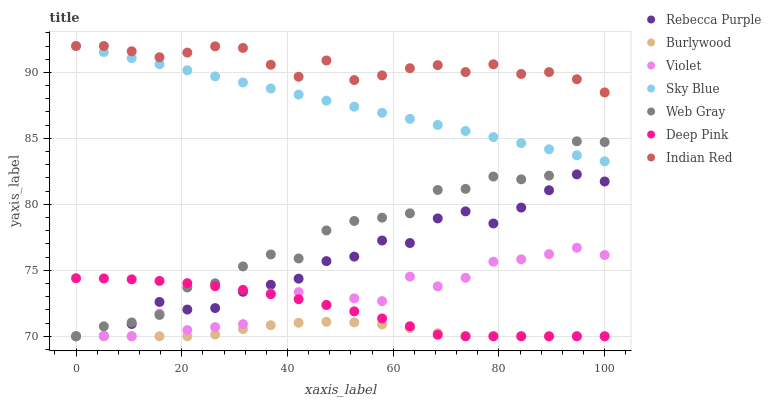
| xaxis_label | Rebecca Purple | Burlywood | Violet | Sky Blue | Web Gray | Deep Pink | Indian Red |
 | --- | --- | --- | --- | --- | --- | --- | --- |
 | 0 | 70 | 70 | 70 | 92 | 70 | 74.4 | 92 |
 | 5.26 | 70 | 70 | 70 | 91.5 | 70.8 | 74.4 | 92 |
 | 10.5 | 70.9 | 70 | 70 | 91.1 | 71 | 74.3 | 91.6 |
 | 15.8 | 72.6 | 70 | 71.7 | 90.6 | 71.6 | 74.2 | 91.1 |
 | 21.1 | 72 | 70 | 70.5 | 90.2 | 73.7 | 74 | 91.5 |
 | 26.3 | 72.1 | 70.1 | 70.7 | 89.7 | 74 | 73.8 | 92 |
 | 31.6 | 73.4 | 70.5 | 70.9 | 89.2 | 75.3 | 73.5 | 91.9 |
 | 36.8 | 73.9 | 70.8 | 73.2 | 88.8 | 76.2 | 73.2 | 90.6 |
 | 42.1 | 74.4 | 71 | 73.3 | 88.3 | 75.9 | 72.8 | 89.7 |
 | 47.4 | 75.7 | 71.1 | 72.4 | 87.9 | 78 | 72.4 | 90.9 |
 | 52.6 | 76 | 71 | 72.9 | 87.4 | 78.7 | 71.9 | 89.4 |
 | 57.9 | 77.3 | 70.9 | 72.7 | 86.9 | 79 | 71.3 | 89.8 |
 | 63.2 | 77.1 | 70.6 | 74.5 | 86.5 | 79.3 | 70.8 | 90.3 |
 | 68.4 | 78.9 | 70.2 | 73.8 | 86 | 81.1 | 70.1 | 90.5 |
 | 73.7 | 79.5 | 70 | 74.4 | 85.6 | 81.2 | 70 | 90 |
 | 78.9 | 78.5 | 70 | 75.6 | 85.1 | 82.1 | 70 | 90.6 |
 | 84.2 | 79.8 | 70 | 75.8 | 84.6 | 81.9 | 70 | 89.9 |
 | 89.5 | 81.1 | 70 | 76.2 | 84.2 | 82.2 | 70 | 90 |
 | 94.7 | 82.3 | 70 | 76.7 | 83.7 | 84.8 | 70 | 89.5 |
 | 100 | 81.7 | 70 | 76.2 | 83.3 | 84.7 | 70 | 88.5 |